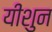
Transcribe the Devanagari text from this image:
यीशुन